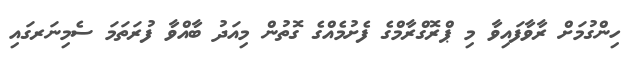
ހިންގުމަށް ރާވާފައިވާ މި ޕްރޮގްރާމްގެ ފެށުމެއްގެ ގޮތުން މިއަދު ބާއްވާ ފުރަތަމަ ސެމިނަރގައި